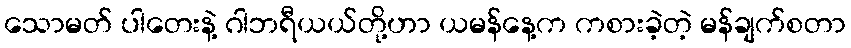
သောမတ် ပါတေးနဲ့ ဂါဘရီယယ်တို့ဟာ ယမန်နေ့က ကစားခဲ့တဲ့ မန်ချက်စတာ